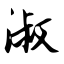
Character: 淑